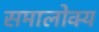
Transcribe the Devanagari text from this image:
समालोक्य